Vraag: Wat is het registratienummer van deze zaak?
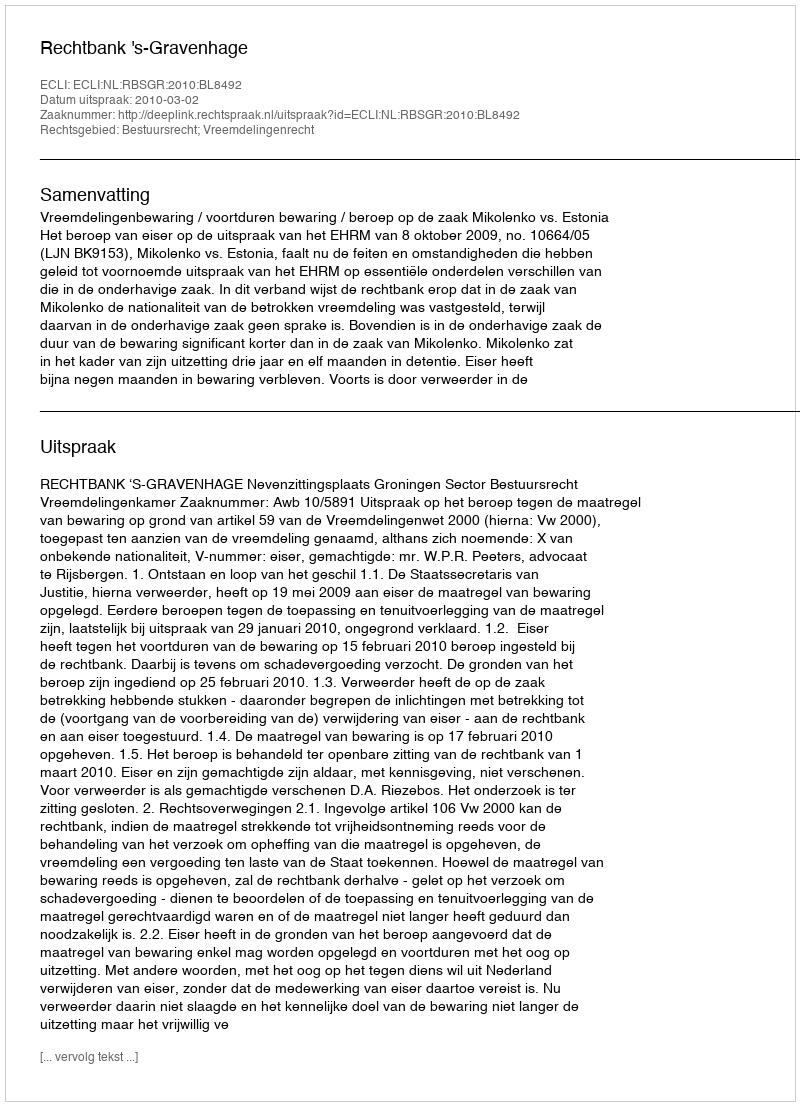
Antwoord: http://deeplink.rechtspraak.nl/uitspraak?id=ECLI:NL:RBSGR:2010:BL8492